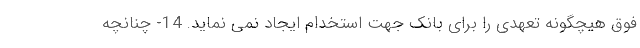
فوق هیچگونه تعهدی را برای بانک جهت استخدام ایجاد نمی نماید. 14- چنانچه